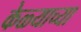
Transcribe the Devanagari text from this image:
केळ्याच्या